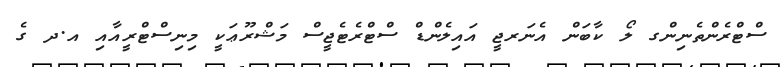
ސްޓްރެންތެނިންގ ލޯ ކާބަން އެނަރޖީ އައިލެންޑް ސްޓްރެޓެޖީސް މަޝްރޫޢަކީ މިނިސްޓްރީއާއި އ.ދ ގެ